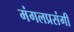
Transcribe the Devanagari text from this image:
मंगलप्रसंगी